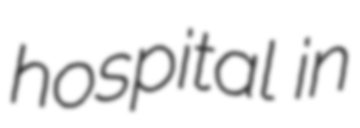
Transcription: hospital in